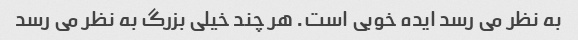
به نظر می رسد ایده خوبی است. هر چند خیلی بزرگ به نظر می رسد